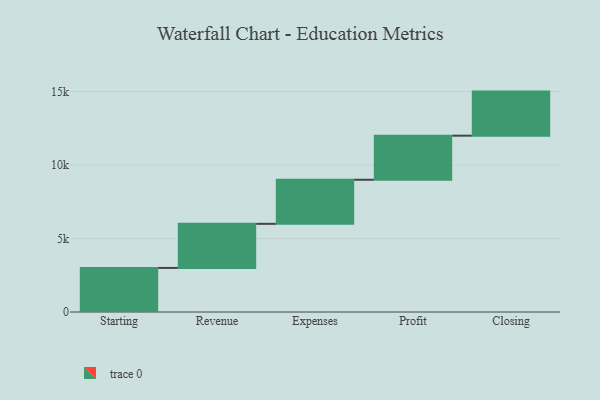
{"axis": {"x": "Step", "y": "Value"}, "legend": [""], "data": [{"x": "Starting", "y": 3000, "type": ""}, {"x": "Revenue", "y": 3000, "type": ""}, {"x": "Expenses", "y": 3000, "type": ""}, {"x": "Profit", "y": 3000, "type": ""}, {"x": "Closing", "y": 3000, "type": ""}]}